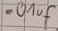
Text: .01uF